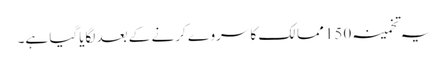
یہ تخمینہ 150 ممالک کا سروے کرنے کے بعد لگایاگیا ہے۔